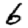
Digit: 6